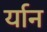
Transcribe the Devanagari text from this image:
र्यान